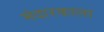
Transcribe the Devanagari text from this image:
मंदारकाला